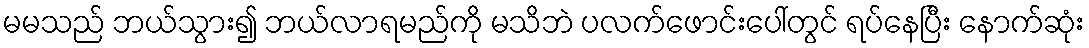
မမသည် ဘယ်သွား၍ ဘယ်လာရမည်ကို မသိဘဲ ပလက်ဖောင်းပေါ်တွင် ရပ်နေပြီး နောက်ဆုံး